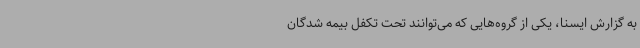
به گزارش ایسنا، یکی از گروه‌هایی که می‌توانند تحت تکفل بیمه شدگان